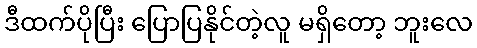
ဒီထက်ပိုပြီး ပြောပြနိုင်တဲ့လူ မရှိတော့ ဘူးလေ